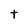
Character: t